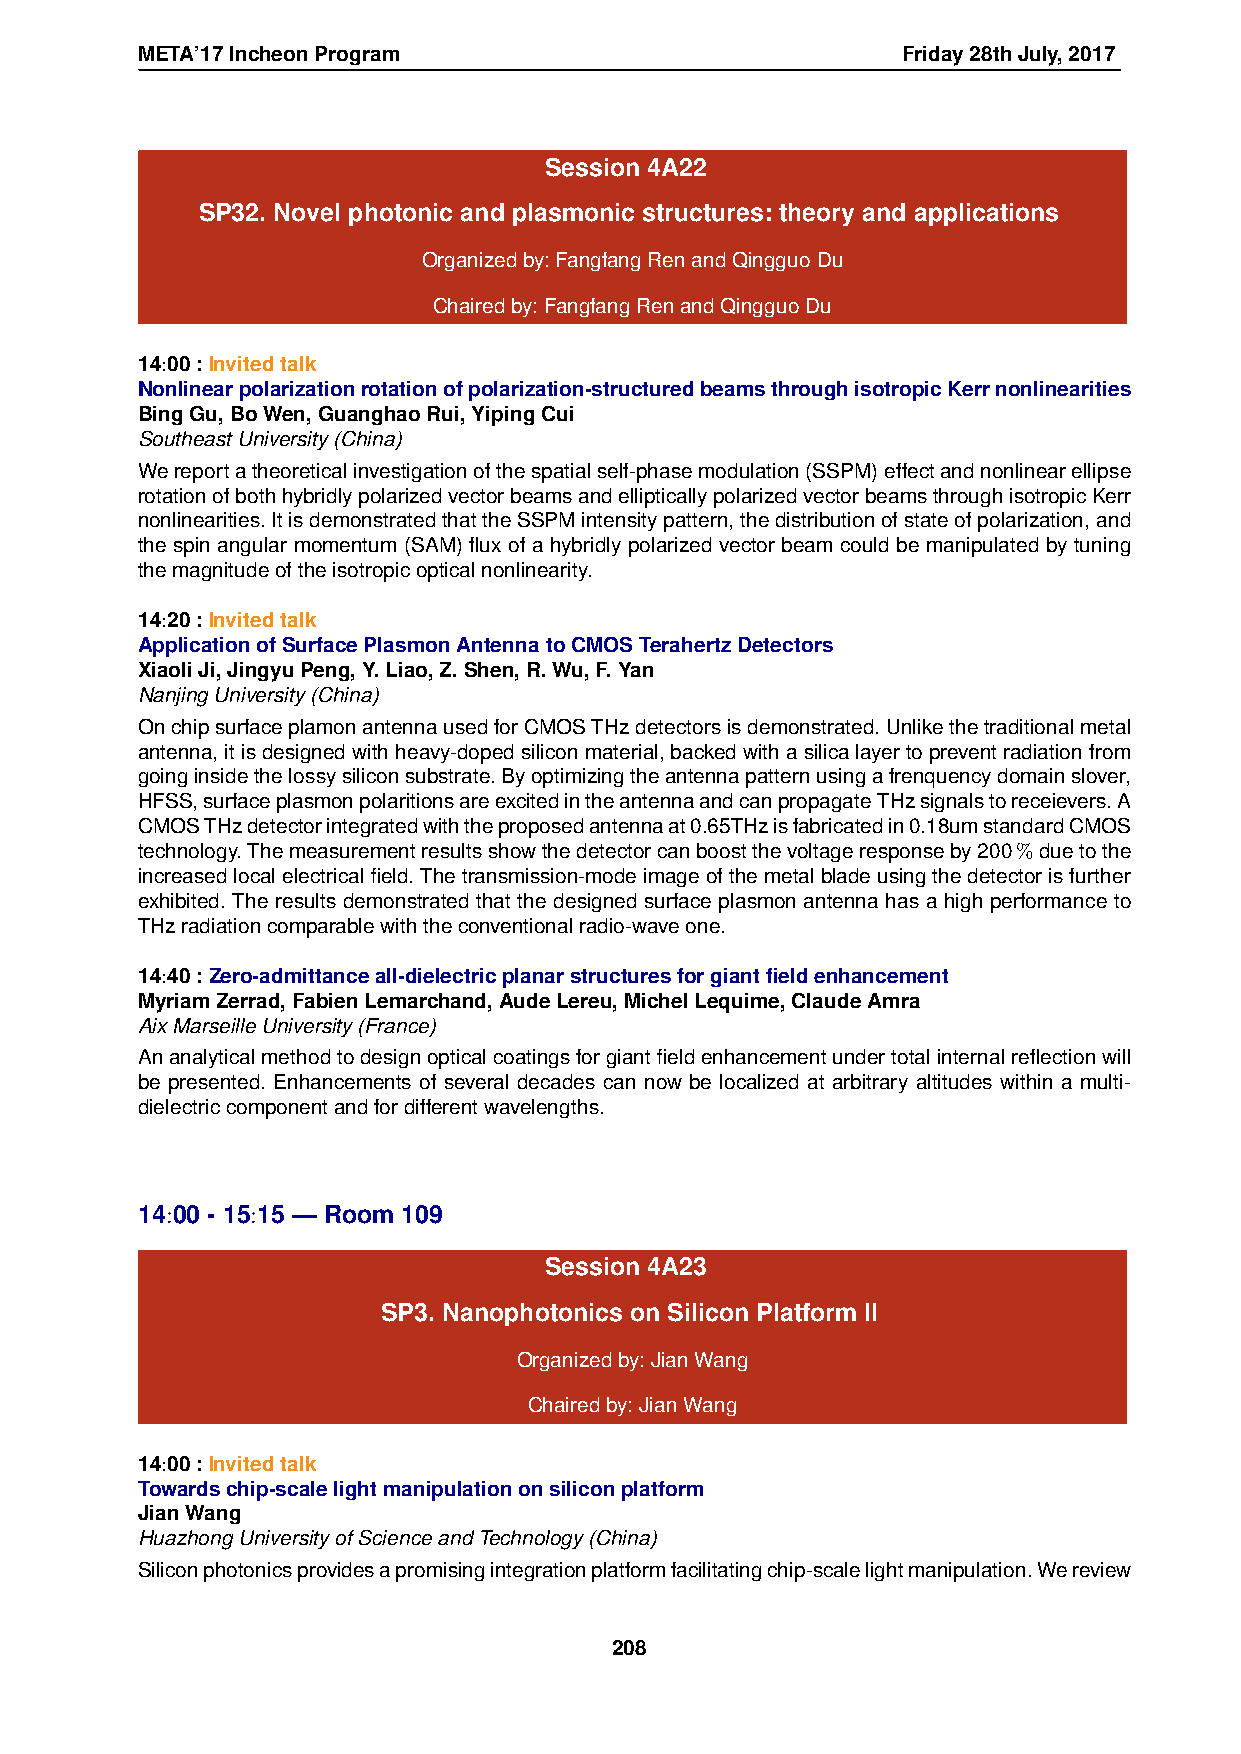
META’17IncheonProgram                              Friday28thJuly,2017
 Session 4A22
 SP32. Novel photonic and plasmonic structures: theory and applications
 Organizedby:FangfangRenandQingguoDu
 Chairedby:FangfangRenandQingguoDu
 14:00:Invitedtalk
 Nonlinearpolarizationrotationofpolarization-structuredbeamsthroughisotropicKerrnonlinearities
 BingGu,BoWen,GuanghaoRui,YipingCui
 SoutheastUniversity(China)
 Wereportatheoreticalinvestigationofthespatialself-phasemodulation(SSPM)effectandnonlinearellipse
 rotationofbothhybridlypolarizedvectorbeamsandellipticallypolarizedvectorbeamsthroughisotropicKerr
 nonlinearities.ItisdemonstratedthattheSSPMintensitypattern,thedistributionofstateofpolarization,and
 the spin angular momentum (SAM) flux of a hybridly polarized vector beam could be manipulated by tuning
 themagnitudeoftheisotropicopticalnonlinearity.
 14:20:Invitedtalk
 ApplicationofSurfacePlasmonAntennatoCMOSTerahertzDetectors
 XiaoliJi,JingyuPeng,Y.Liao,Z.Shen,R.Wu,F.Yan
 NanjingUniversity(China)
 OnchipsurfaceplamonantennausedforCMOSTHzdetectorsisdemonstrated.Unlikethetraditionalmetal
 antenna,itisdesignedwithheavy-dopedsiliconmaterial,backedwithasilicalayertopreventradiationfrom
 goinginsidethelossysiliconsubstrate.Byoptimizingtheantennapatternusingafrenquencydomainslover,
 HFSS,surfaceplasmonpolaritionsareexcitedintheantennaandcanpropagateTHzsignalstoreceievers.A
 CMOSTHzdetectorintegratedwiththeproposedantennaat0.65THzisfabricatedin0.18umstandardCMOS
 technology.Themeasurementresultsshowthedetectorcanboostthevoltageresponseby200%duetothe
 increasedlocalelectricalfield.Thetransmission-modeimageofthemetalbladeusingthedetectorisfurther
 exhibited. The results demonstrated that the designed surface plasmon antenna has a high performance to
 THzradiationcomparablewiththeconventionalradio-waveone.
 14:40:Zero-admittanceall-dielectricplanarstructuresforgiantfieldenhancement
 MyriamZerrad,FabienLemarchand,AudeLereu,MichelLequime,ClaudeAmra
 AixMarseilleUniversity(France)
 Ananalyticalmethodtodesignopticalcoatingsforgiantfieldenhancementundertotalinternalreflectionwill
 be presented. Enhancements of several decades can now be localized at arbitrary altitudes within a multi-
 dielectriccomponentandfordifferentwavelengths.
 14:00 - 15:15 — Room 109
 Session 4A23
 SP3. Nanophotonics on Silicon Platform II
 Organizedby:JianWang
 Chairedby:JianWang
 14:00:Invitedtalk
 Towardschip-scalelightmanipulationonsiliconplatform
 JianWang
 HuazhongUniversityofScienceandTechnology(China)
 Siliconphotonicsprovidesapromisingintegrationplatformfacilitatingchip-scalelightmanipulation.Wereview
 208